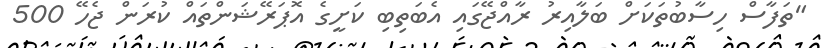
"ތަފާސް ހިސާބުތަކަށް ބަލާއިރު ރާއްޖޭގައި އެބަތިބި ކަށީގެ އޮޕަރޭޝަންތައް ކުރަން ޖެހޭ 500